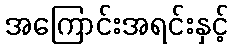
အကြောင်းအရင်းနှင့်